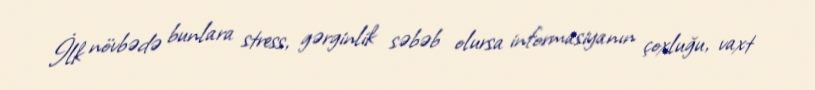
İlk növbədə bunlara stress, gərginlik səbəb olursa informasiyanın çoxluğu, vaxt